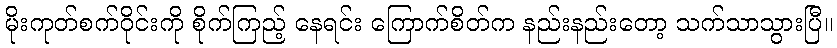
မိုးကုတ်စက်ဝိုင်းကို စိုက်ကြည့် နေရင်း ကြောက်စိတ်က နည်းနည်းတော့ သက်သာသွားပြီ။